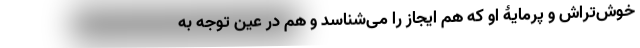
خوش‌تراش و پرمایۀ او که هم ایجاز را می‌شناسد و هم در عین توجه به